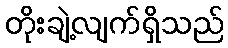
တိုးချဲ့လျက်ရှိသည်